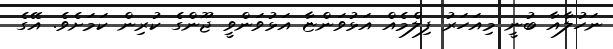
ނަހުލާއާ ބުނީ މިއަހަރު ފިލްމެއް އަޅުވަންޏާ އަޅުވަންވީ ޖޫންގެ ކުރިން ކަމަށެވެ. އޭގެ